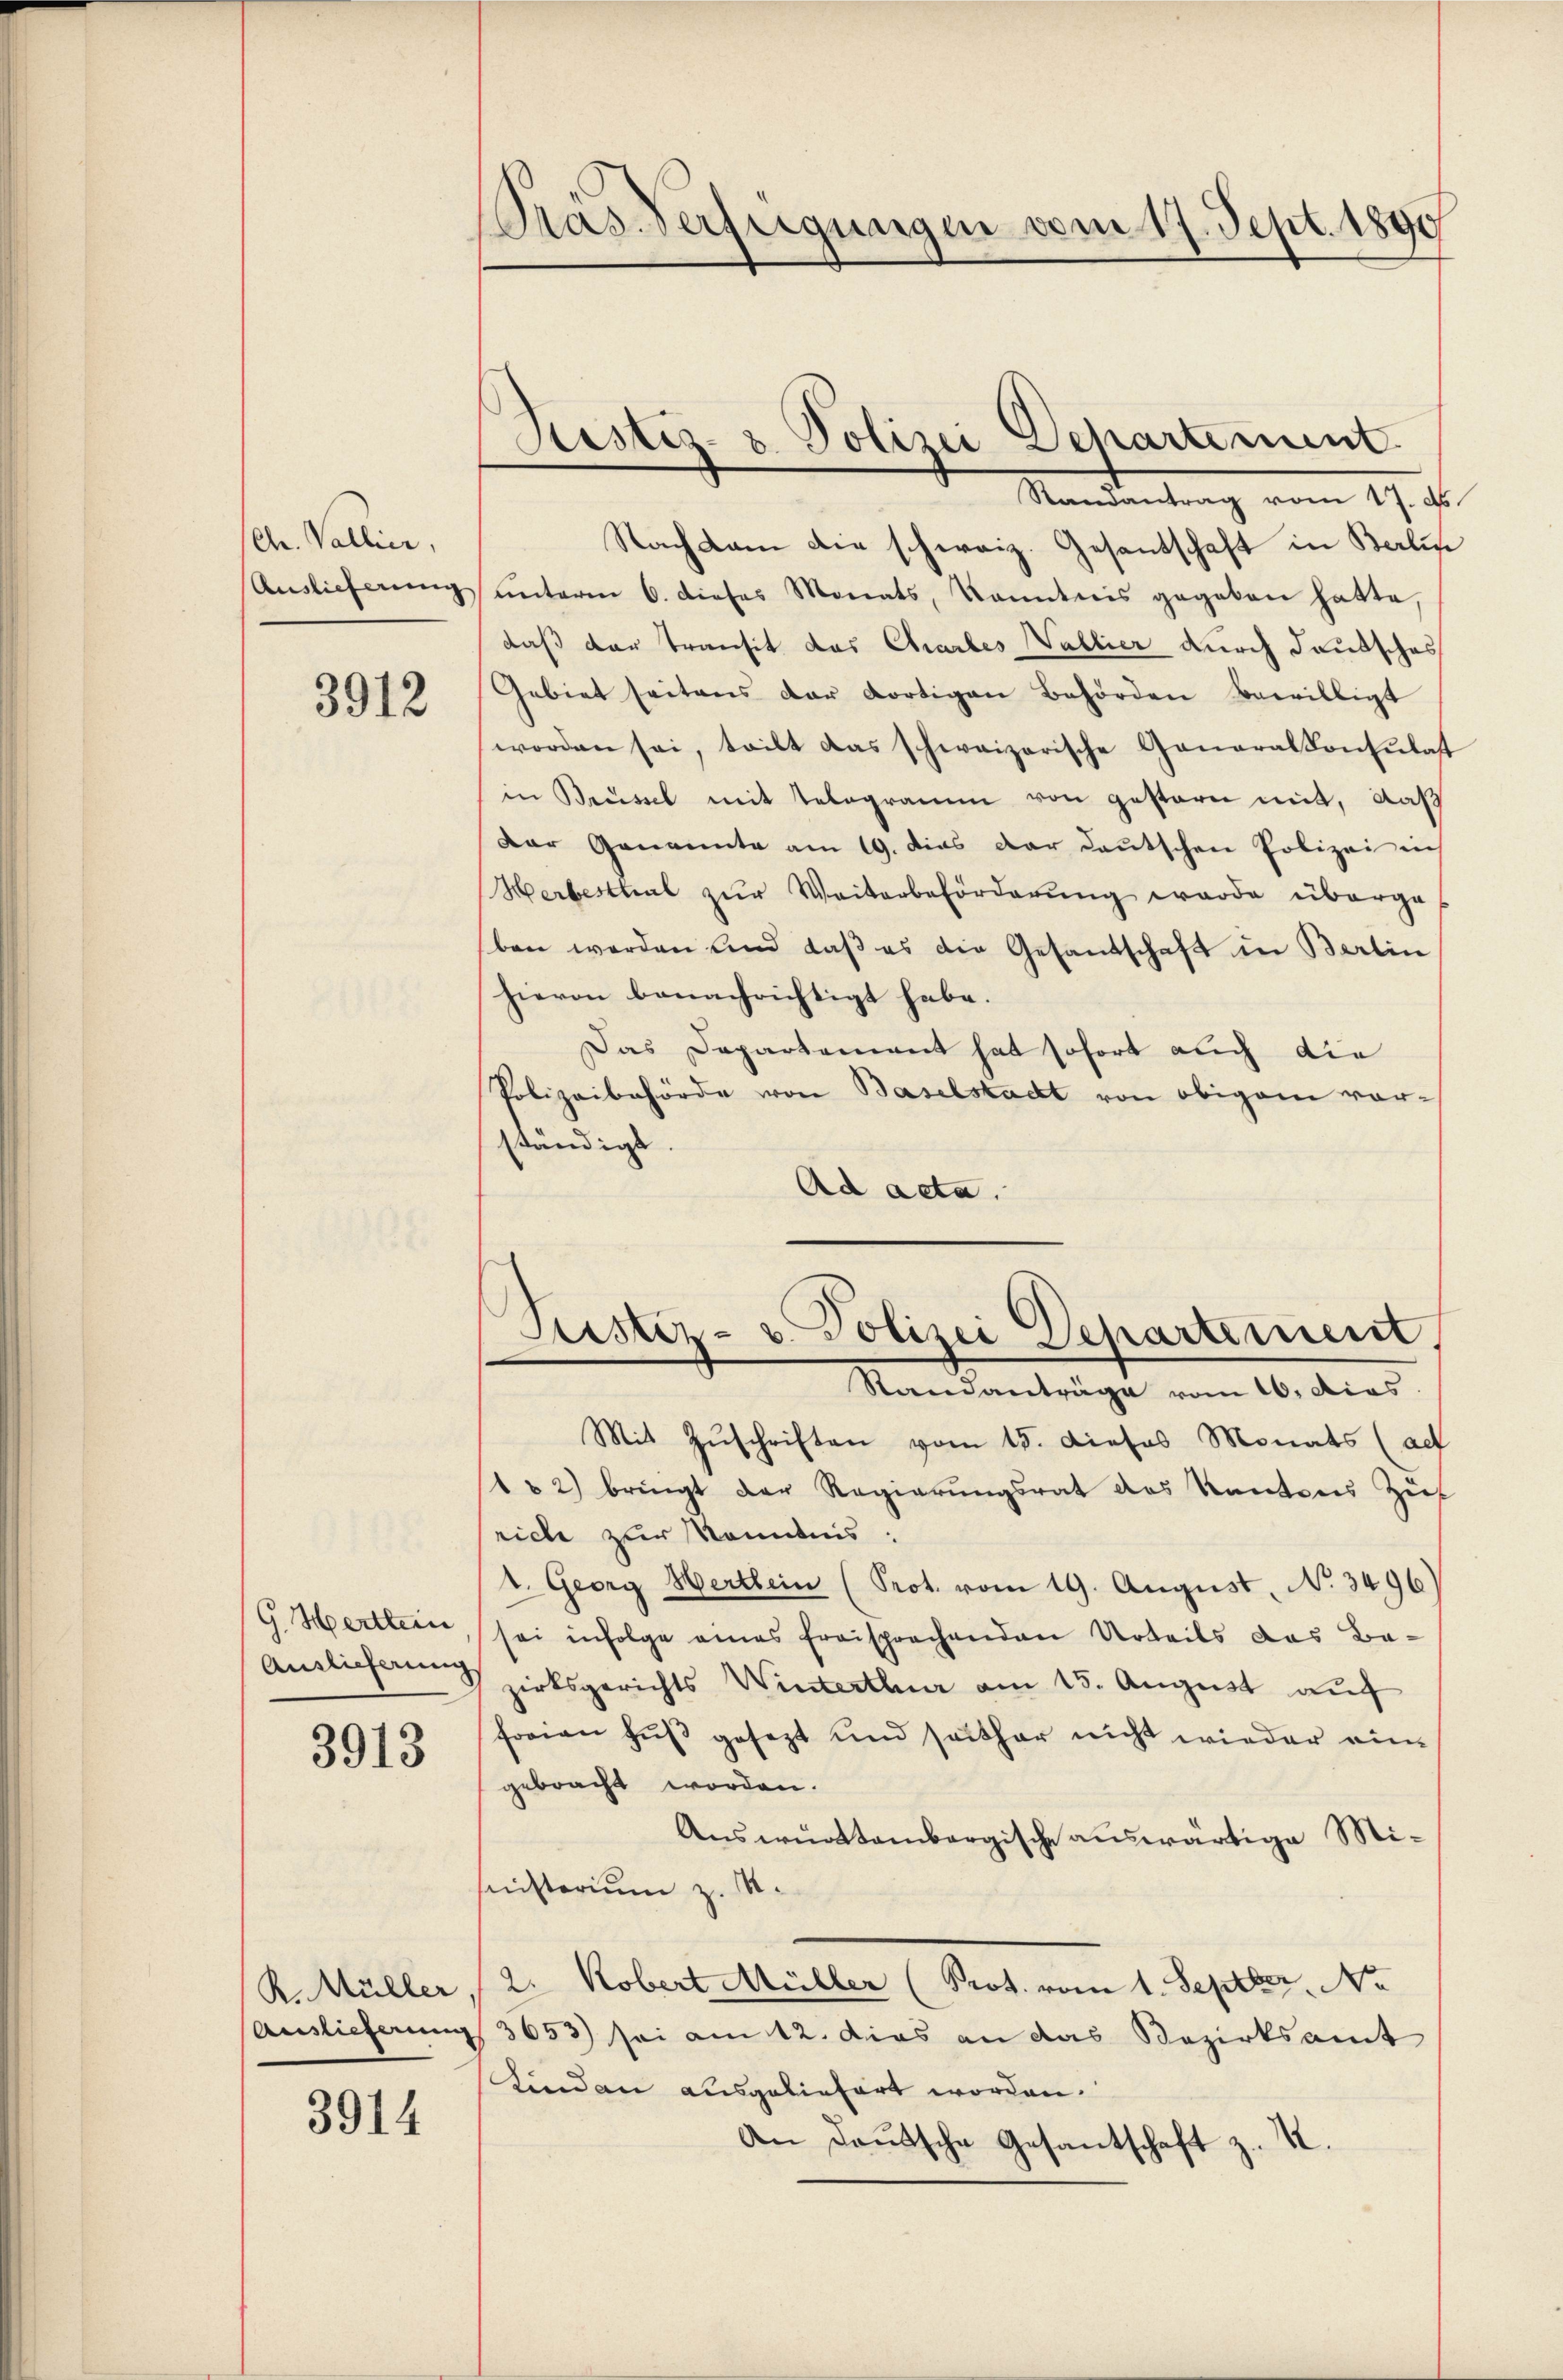
Chr. Vallier,
Auslieferung

3912

G. Hertlein
Auslieferung

3913

R. Müller
Auslieferung

3914

Pras. Verfügungen vom 17. Sept. 1890

Justiz- & Polizei Departement

Randantrag vom 17. d.
Nach kam die schweiz. Gesantschaft in Berline
unterm 6. dieses Monats, Kenntnis gegeben hatte,
daß der Transit das Chartes Vallier durch deutsches
Gebiet seitens der dortigen Behörden bewilligt
worden sei, teilt das schweizerische Generalkonsulat
in Brüssel mit Telegramm von gestern mit, daß
Der Genannte am 19. dies der deutschen Polizei in
Herbesthal zŭr Weiterbeförderŭng werde überge-
ben werden und daß es die Gesandschaft in Berlin
hievon benachrichtigt habe.
Das Departement hat sofort auch die
Polizeibehörde von Baselstadt von obigem vorständigt
Ad acta.

Justiz- u. Polizei Departement
Standanträge vom 16. dies

Mit Zuschriften vom 15. Dieses Monats (ad
1 u 2) bringt der Regierŭngsrat des Kantons Zif
riche zur Kenntnis:
1. Georg Hertlein (Prot. vom 19. August, No. 3496.
sei infolge eines freisprachenden Urteils das Bazirksgerichts Winterthur am 15. August auf
freien Fuß gesezt und seither nicht wieder ein
gebracht worden.
Auswürttembergische auswärtige Misinisterium z. M.
2. Kobert Müller (Prot. vom 1. Septbr. No
3653) sei am 12. dies an das Bezirksamt
Kinden ausgeliefert worden.
An daŭtsche Gesantschaft z. K.